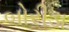
બોરીડા